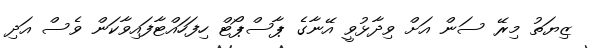
ޒިޔަތު މިރޭ ސަން އަށް ވިދާޅުވީ އޭނާގެ ޕާސްޕޯޓް ހިފަހައްޓާފައިވާކަން ވެސް އަދި